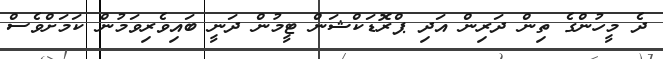
ދެ މީހުންގެ ތިން ދަރިން އަދި ޕްރޮޑަކްޝަން ޓީމުން ދަނީ ބައިވެރިވަމުން ކަމަށްވެސް